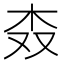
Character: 𣏪